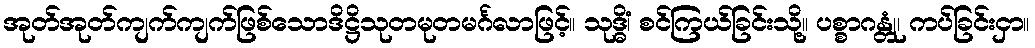
အုတ်အုတ်ကျက်ကျက်ဖြစ်သောဒိဋ္ဌိသုတမုတမင်္ဂလာဖြင့်။ သုဒ္ဓိံ၊ စင်ကြယ်ခြင်းသို့။ ပစ္စာဂန္တုံ၊ ကပ်ခြင်းငှာ။